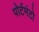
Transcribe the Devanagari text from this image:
पोर्टमंटो